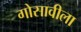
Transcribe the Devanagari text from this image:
गोसावीला